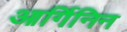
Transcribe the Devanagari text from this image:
आर्गिनिन